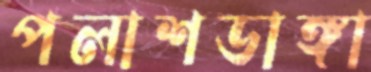
পলাশডাঙ্গা